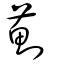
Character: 薊